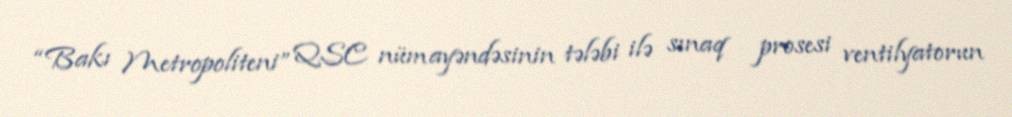
“Bakı Metropoliteni” QSC nümayəndəsinin tələbi ilə sınaq prosesi ventilyatorun